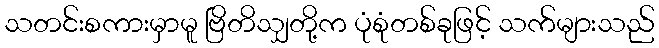
သတင်းစကားမှာမူ ဗြိတိသျှတို့က ပုံစုံတစ်ခုဖြင့် သက်များသည်